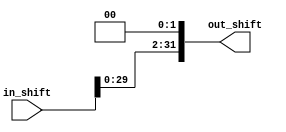
module myShift(in_shift, out_shift);
  input [31:0] in_shift;
  output [31:0] out_shift;
  
  assign out_shift = in_shift << 2;
endmodule